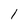
Character: 1